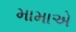
મામાએ